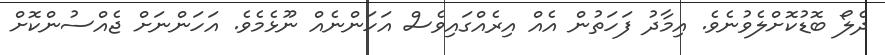
ދެލޯ ބޮޑުކޮށްލެވުނެވެ. އިމާދު ފަހަތުން އެއް އިރެއްގައިވެސް އަހަންނެއް ނޫޅެމެވެ. އަހަންނަށް ޖެއްސުންކޮށް